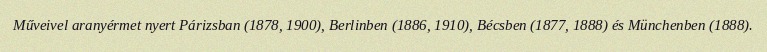
Műveivel aranyérmet nyert Párizsban (1878, 1900), Berlinben (1886, 1910), Bécsben (1877, 1888) és Münchenben (1888).